Senior Leaving Certificate Examination (including Day School Certificate (Higher) General paper), 1949
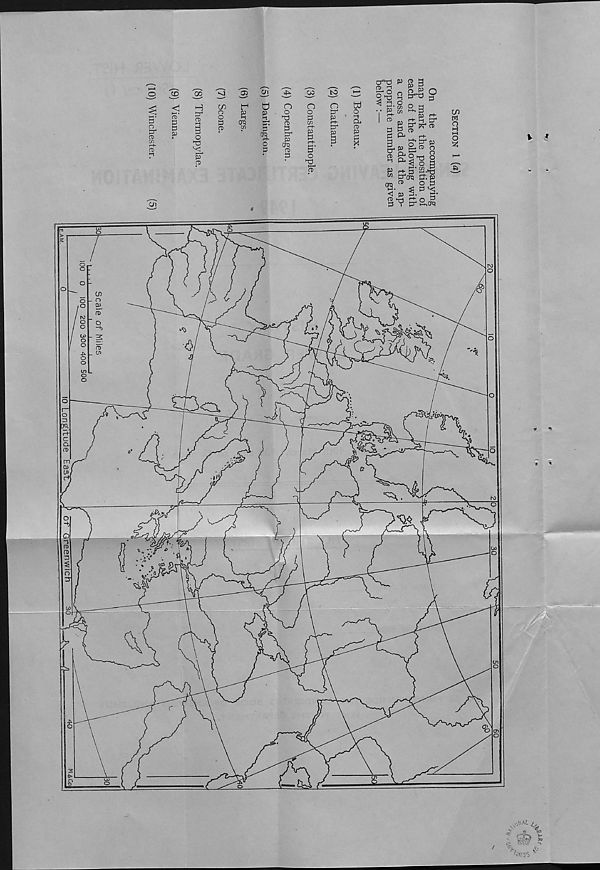
2
o
CD w
ft) i-l
CO
ft
3
S
P
3
H
P"
ft H
3
o
p"
ft
G>
Ui
in
o
o
3
ft
r 1
(7Q
w
0
31
3
03 r^-
o
3
O
o
"d
ft
3
3"
P
Orq
ft
3
W
O
o
3
cn r-t-
I
S'
o
33
to
td
o ►-1
CP
ft
3
X
C333
a> h
S|
. . p
I CD
£
ct> a
p p
o p
P-X) O
p
5-S CD
P C/3
cn
CD ‘-r-j
3 V
°
CL ^
<h- a
CD
P
P ct-
h-i p -
P^X'ct
ct>
3" 50
CD O
O
3) O
o 3
1 U) a: 3)
cl. P
o 3
^ y^.
<-1- o 3
t3 S,CfQ
O)
w
o
H l-H
o
2